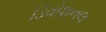
ડિવોશનલ